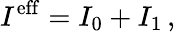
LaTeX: I^{\mathrm{eff}}=I_{0}+I_{1}\, ,